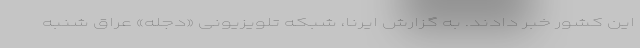
این کشور خبر دادند. به گزارش ایرنا، شبکه تلویزیونی «دجله» عراق شنبه